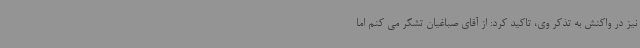
نیز در واکنش به تذکر وی، تاکید کرد: از آقای صباغیان تشکر می کنم اما